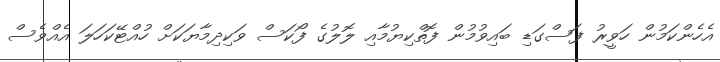
އެހެންކަމުން ހަވީރު ފަސްގަޑި ބައިވުމުން ފޮތްކިޔުމާއި ލޮލުގެ ފޯކަސް ވަކިދިމާޔަކަށް ހުއްޓޭކަހަލަ އެއްވެސް